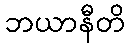
ဘယာနီတိ